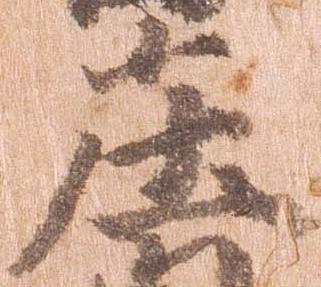
庄